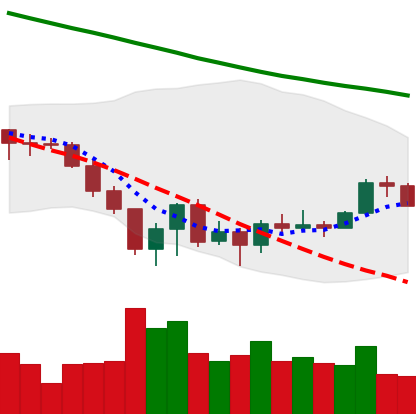
Ticker: XLM-USD
Chart end date: 2022-06-26
Forward return: -9.034%
Label: down_7plus